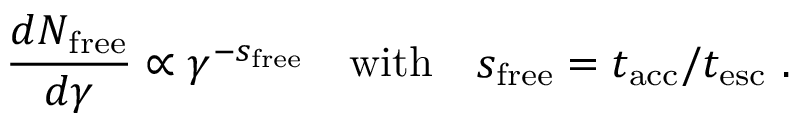
\frac { d N _ { \mathrm { f r e e } } } { d \gamma } \propto \gamma ^ { - s _ { \mathrm { f r e e } } } ~ ~ ~ \mathrm { w i t h } ~ ~ ~ s _ { \mathrm { f r e e } } = t _ { \mathrm { a c c } } / t _ { \mathrm { e s c } } ~ .